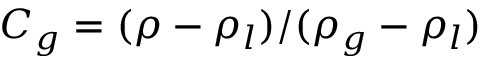
C _ { g } = ( \rho - \rho _ { l } ) / ( \rho _ { g } - \rho _ { l } )